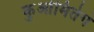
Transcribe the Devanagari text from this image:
कुओमितंग